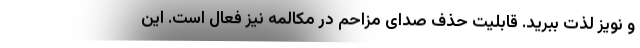
و نویز لذت ببرید. قابلیت حذف صدای مزاحم در مکالمه نیز فعال است. این